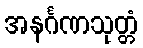
အနင်္ဂဏသုတ္တံ